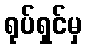
ရုပ်ရှင်မှ